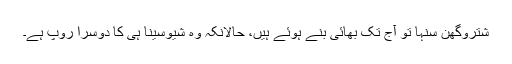
شتروگھن سنہا تو آج تک بھائی بنے ہوئے ہیں، حالانکہ وہ شیوسینا ہی کا دوسرا رُوپ ہے۔